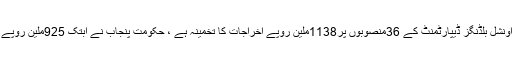
انہوںنے بتایا کہ پراونشل بلڈنگز ڈیپارٹمنٹ کے 36منصوبوں پر1138ملین روپے اخراجات کا تخمینہ ہے ، حکومت پنجاب نے ابتک 925ملین روپے جاری کر دیے ہیں۔